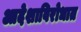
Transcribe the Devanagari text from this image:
आदेशाविरोधात